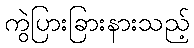
ကွဲပြားခြားနားသည့်